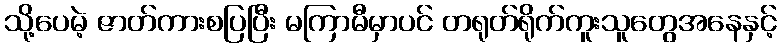
သို့ပေမဲ့ ဇာတ်ကားစပြပြီး မကြာမီမှာပင် တရုတ်ရိုက်ကူးသူတွေအနေနှင့်